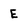
Character: E